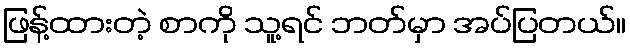
ဖြန့်ထားတဲ့ စာကို သူ့ရင် ဘတ်မှာ အပ်ပြတယ်။